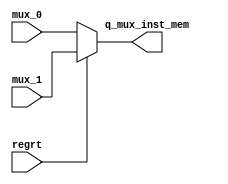
`timescale 1ns / 1ps
//////////////////////////////////////////////////////////////////////////////////
// Company: 
// Engineer: 
// 
// Design Name: 
// Module Name: mux_inst_mem
// Project Name: 
// Target Devices: 
// Tool Versions: 
// Description: 
// 
// Dependencies: 
// 
// Revision:
// Revision 0.01 - File Created
// Additional Comments:
// 
//////////////////////////////////////////////////////////////////////////////////


module mux_inst_mem(
    input regrt,
    input[4:0] mux_0,
    input[4:0] mux_1,
    output[4:0] q_mux_inst_mem
    );

    assign q_mux_inst_mem = regrt? mux_1 : mux_0;

endmodule